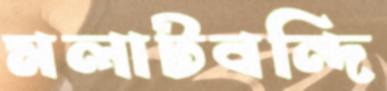
মলাটবন্দি